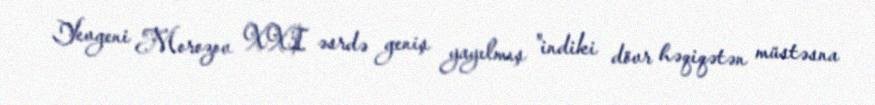
Yevgeni Morozov XXI əsrdə geniş yayılmış "indiki dövr həqiqətən müstəsna